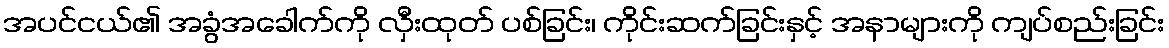
အပင်ငယ်၏ အခွံအခေါက်ကို လှီးထုတ် ပစ်ခြင်း၊ ကိုင်းဆက်ခြင်းနှင့် အနာများကို ကျပ်စည်းခြင်း